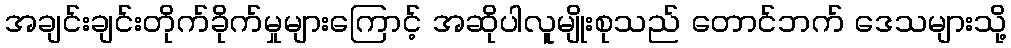
အချင်းချင်းတိုက်ခိုက်မှုများကြောင့် အဆိုပါလူမျိုးစုသည် တောင်ဘက် ဒေသများသို့